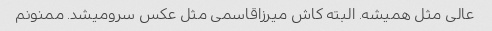
عالی مثل همیشه. البته کاش میرزاقاسمی مثل عکس سرو‌میشد. ممنونم